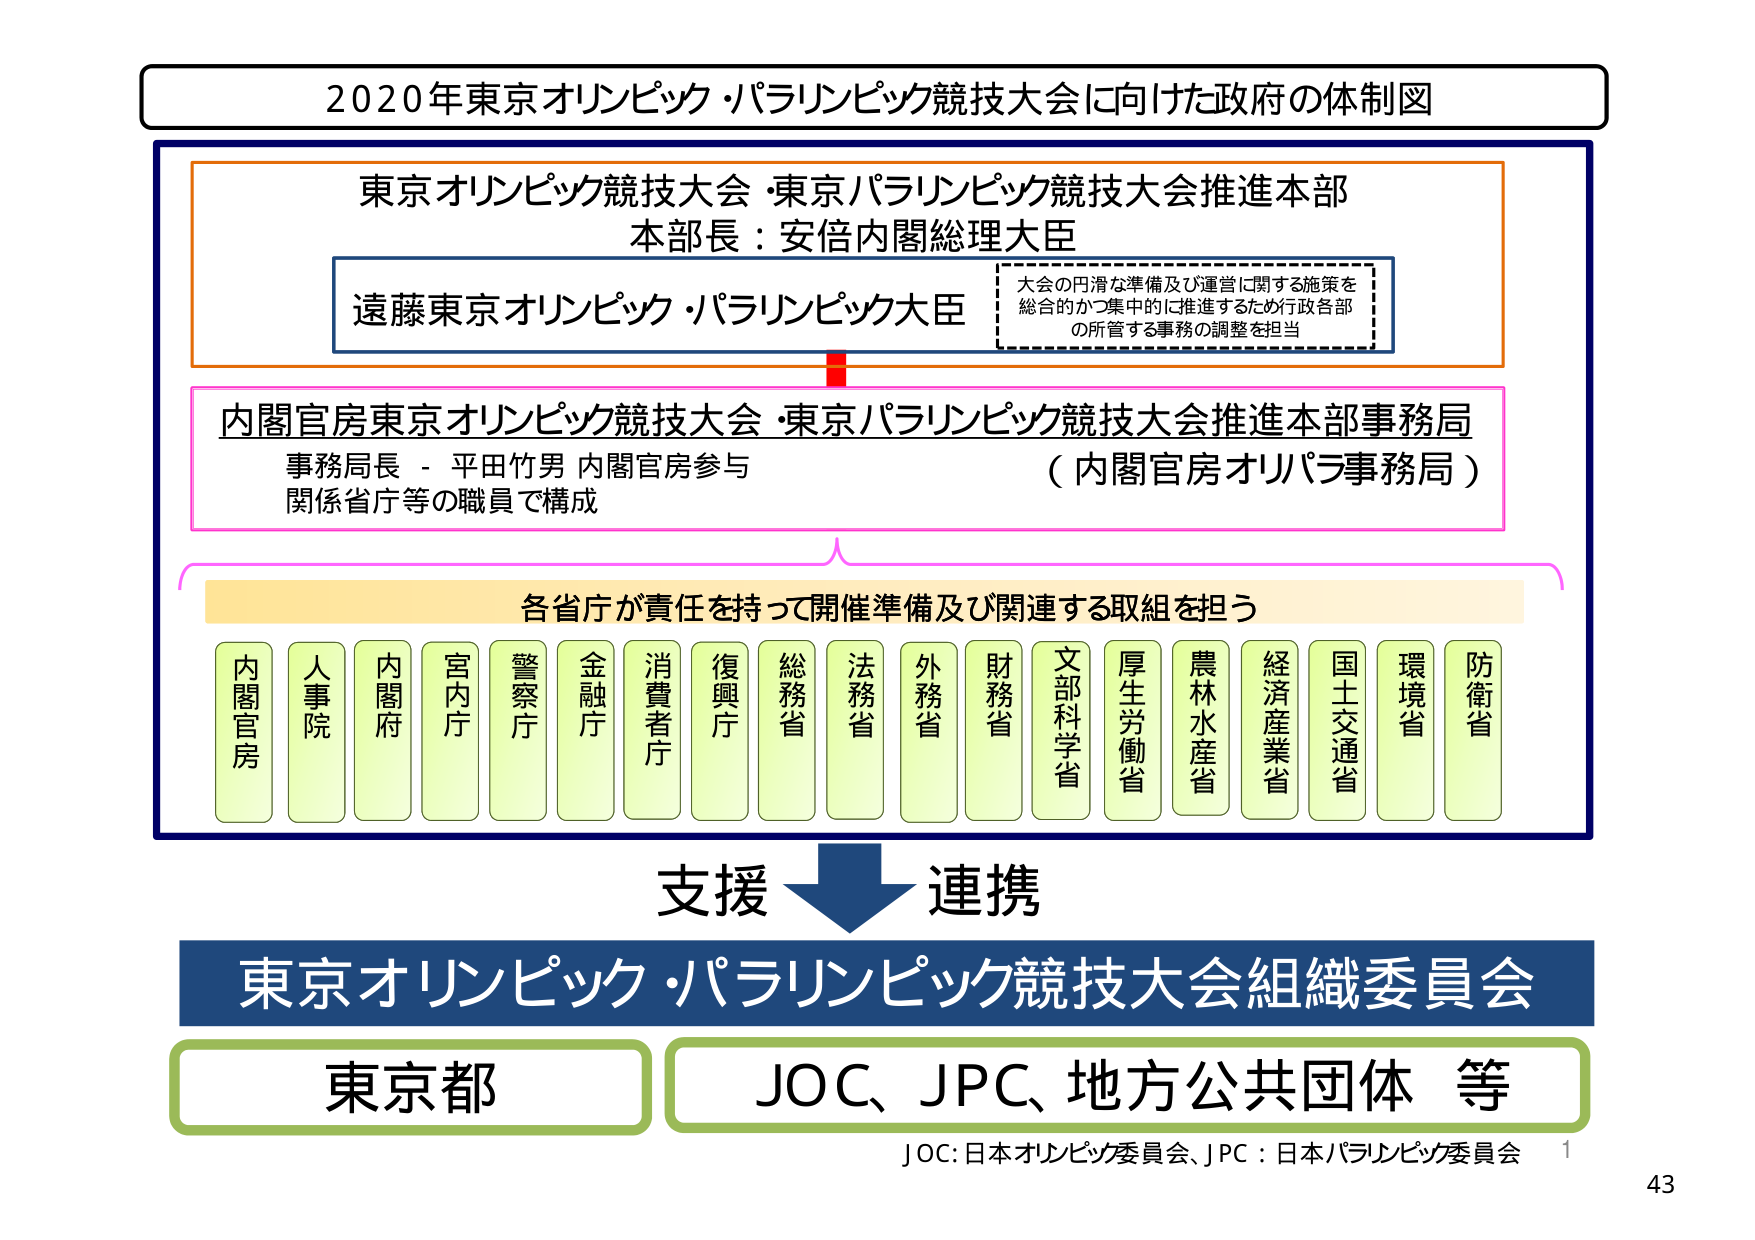
2020年東京オリンピック・パラリンピック競技大会に向けた政府の体制図

東京オリンピック競技大会・東京パラリンピック競技大会推進本部
本部長：安倍内閣総理大臣

遠藤東京オリンピック・パラリンピック大臣

大会の円滑な準備及び運営に関する施策を
総合的かつ集中的に推進するため行政各部
の所管する事務の調整を担当

内閣官房東京オリンピック競技大会・東京パラリンピック競技大会推進本部事務局
事務局長 - 平田竹男 内閣官房参与
関係省庁等の職員で構成
（内閣官房オリパラ事務局）

各省庁が責任を持って開催準備及び関連する取組を担う

内閣官房
人事院
内閣府
宮内庁
警察庁
金融庁
消費者庁
復興庁
総務省
法務省
外務省
財務省
文部科学省
厚生労働省
農林水産省
経済産業省
国土交通省
環境省
防衛省

支援 → 連携

東京オリンピック・パラリンピック競技大会組織委員会

東京都
JOC、JPC、地方公共団体 等

JOC：日本オリンピック委員会、JPC：日本パラリンピック委員会

1
43